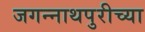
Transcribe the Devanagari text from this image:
जगन्‍नाथपुरीच्या